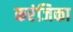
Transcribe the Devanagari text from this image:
करंजिका